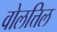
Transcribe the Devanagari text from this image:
वोलत्तिल